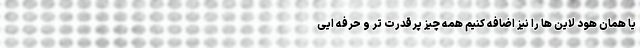
یا همان هود لاین ها را نیز اضافه کنیم همه چیز پرقدرت تر و حرفه ایی